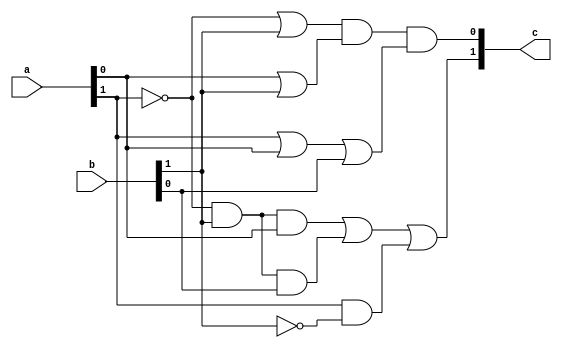
`timescale 1ns / 1ns
module source(c, a, b);

input wire [1:0] a; // 2 bit
input wire [1:0] b; // 2 bit
output wire [1:0] c; // 2 bit

// Fill here for the gates

wire nota1; //p'
wire notb1; //r'
wire c0_1;
wire c0_2;
wire c0_3;
wire c1_1;
wire c1_2;
wire c1_3;

not(nota1, a[1]);
not(notb1, b[1]);

or(c0_1, nota1, b[1]);
or(c0_2, a[0], b[1]);
or(c0_3, a[1], a[0], b[0]);
and(c[0], c0_1, c0_2, c0_3);

and(c1_1, nota1, b[1], a[0]);
and(c1_2, nota1, b[1], b[0]);
and(c1_3, a[1], notb1);
or(c[1], c1_1, c1_2, c1_3);


endmodule